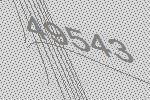
49543